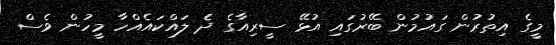
މީގެ އިތުރުން ގައުމުން ބޭރުގައި އުޅޭ ސީރިއާގެ ދެ ލައްކައެއްހާ މީހުން ވެސް